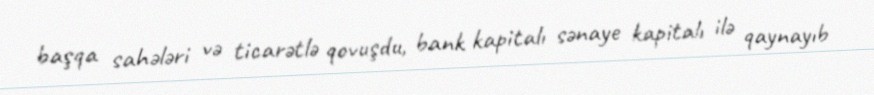
başqa sahələri və ticarətlə qovuşdu, bank kapitalı sənaye kapitalı ilə qaynayıb